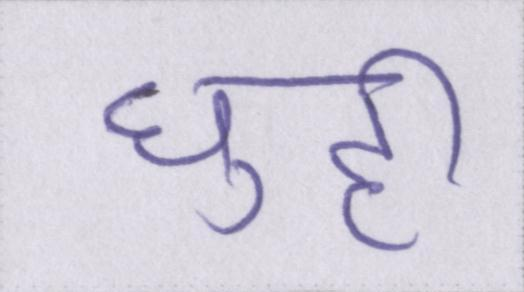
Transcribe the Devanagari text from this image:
घुट्टी